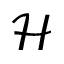
\mathcal { H }